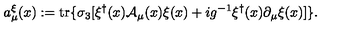
a _ { \mu } ^ { \xi } ( x ) : = \mathrm { t r } \{ \sigma _ { 3 } [ \xi ^ { \dagger } ( x ) { \cal A } _ { \mu } ( x ) \xi ( x ) + i g ^ { - 1 } \xi ^ { \dagger } ( x ) \partial _ { \mu } \xi ( x ) ] \} .